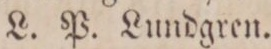
L. P. Lundgren.